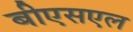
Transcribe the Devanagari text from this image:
बीएसएल